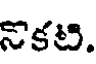
నొకటి.